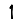
Digit: 1